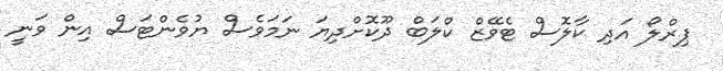
ޕިރްލޯ އަދި ކާލޮސް ޓެވޭޒް ކްލަބް ދޫކޮށްދިޔަ ނަމަވެސް ޔުވެންޓަސް އިން ވަނީ